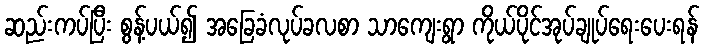
ဆည်းကပ်ပြီး စွန့်ပယ်၍ အခြေခံလုပ်ခလစာ သာကျေးရွာ ကိုယ်ပိုင်အုပ်ချုပ်ရေးပေးရန်